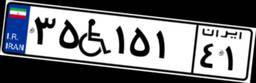
۳۵W۱۵۱۴۱